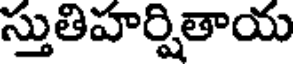
స్తుతిహర్షితాయ